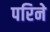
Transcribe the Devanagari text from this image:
परिने